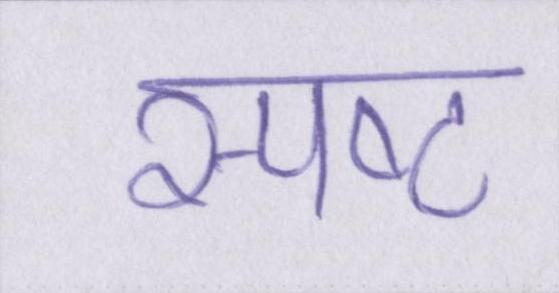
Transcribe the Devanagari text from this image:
स्पष्ट